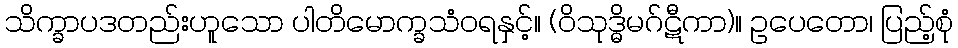
သိက္ခာပဒတည်းဟူသော ပါတိမောက္ခသံဝရနှင့်။ (ဝိသုဒ္ဓိမဂ်ဋီကာ)။ ဥပေတော၊ ပြည့်စုံ